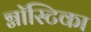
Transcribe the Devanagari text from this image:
ग्नॉस्टिका